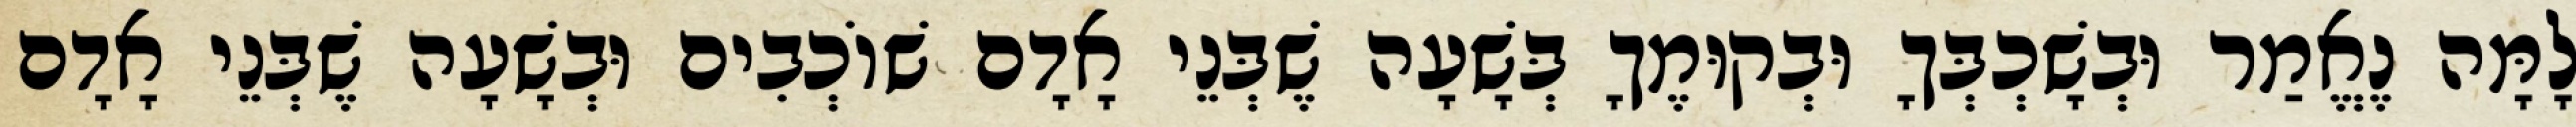
לָמָּה נֶאֱמַר וּבְשָׁכְבְּךָ וּבְקוּמֶךָ בְּשָׁעָה שֶׁבְּנֵי אָדָם שׁוֹכְבִים וּבְשָׁעָה שֶׁבְּנֵי אָדָם